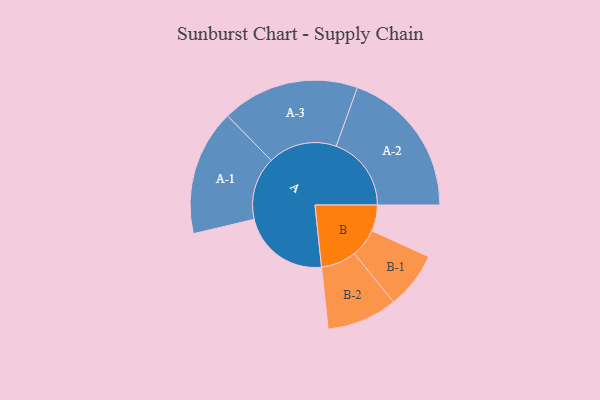
{"axis": {"x": "Segment", "y": "Value"}, "legend": ["", "A", "B"], "data": [{"x": "A", "y": 349, "type": ""}, {"x": "B", "y": 103, "type": ""}, {"x": "A-1", "y": 248, "type": "A"}, {"x": "A-2", "y": 296, "type": "A"}, {"x": "A-3", "y": 271, "type": "A"}, {"x": "B-1", "y": 112, "type": "B"}, {"x": "B-2", "y": 139, "type": "B"}]}